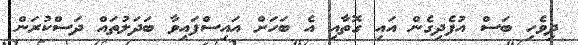
ދިވެހި ބަސް އުފެދިގެން އައި ގޮތާއި އެ ބަހަށް އައިސްފައިވާ ބަދަލުތައް ދަސްކުރަން